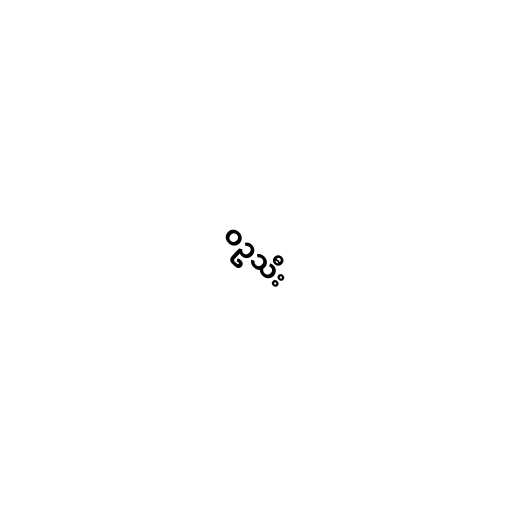
ဝဥသီး